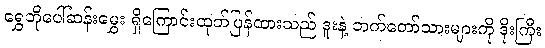
ရွှေဘိုပေါ်ဆန်းမွှေး ရှိကြောင်းထုတ်ပြန်ထားသည် ဒူးနဲ့ ဘက်တော်သားများကို ဒိုးကြီး